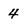
Character: 4